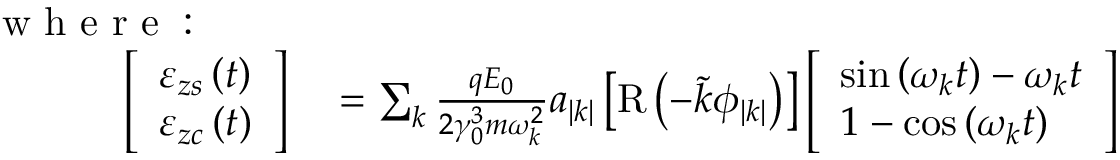
\begin{array} { r l } { \mathrm { ~ w ~ h ~ e ~ r ~ e ~ : ~ ~ ~ } ~ ~ ~ ~ } & { { } } \\ { \left[ \begin{array} { l } { \varepsilon _ { z s } \left( t \right) } \\ { \varepsilon _ { z c } \left( t \right) } \end{array} \right] } & { { } = \sum _ { k } \frac { q E _ { 0 } } { 2 \gamma _ { 0 } ^ { 3 } m \omega _ { k } ^ { 2 } } a _ { \left| k \right| } \left[ \mathrm { R } \left( - \tilde { k } \phi _ { \left| k \right| } \right) \right] \left[ \begin{array} { l } { \sin \left( \omega _ { k } t \right) - \omega _ { k } t } \\ { 1 - \cos \left( \omega _ { k } t \right) } \end{array} \right] } \end{array}